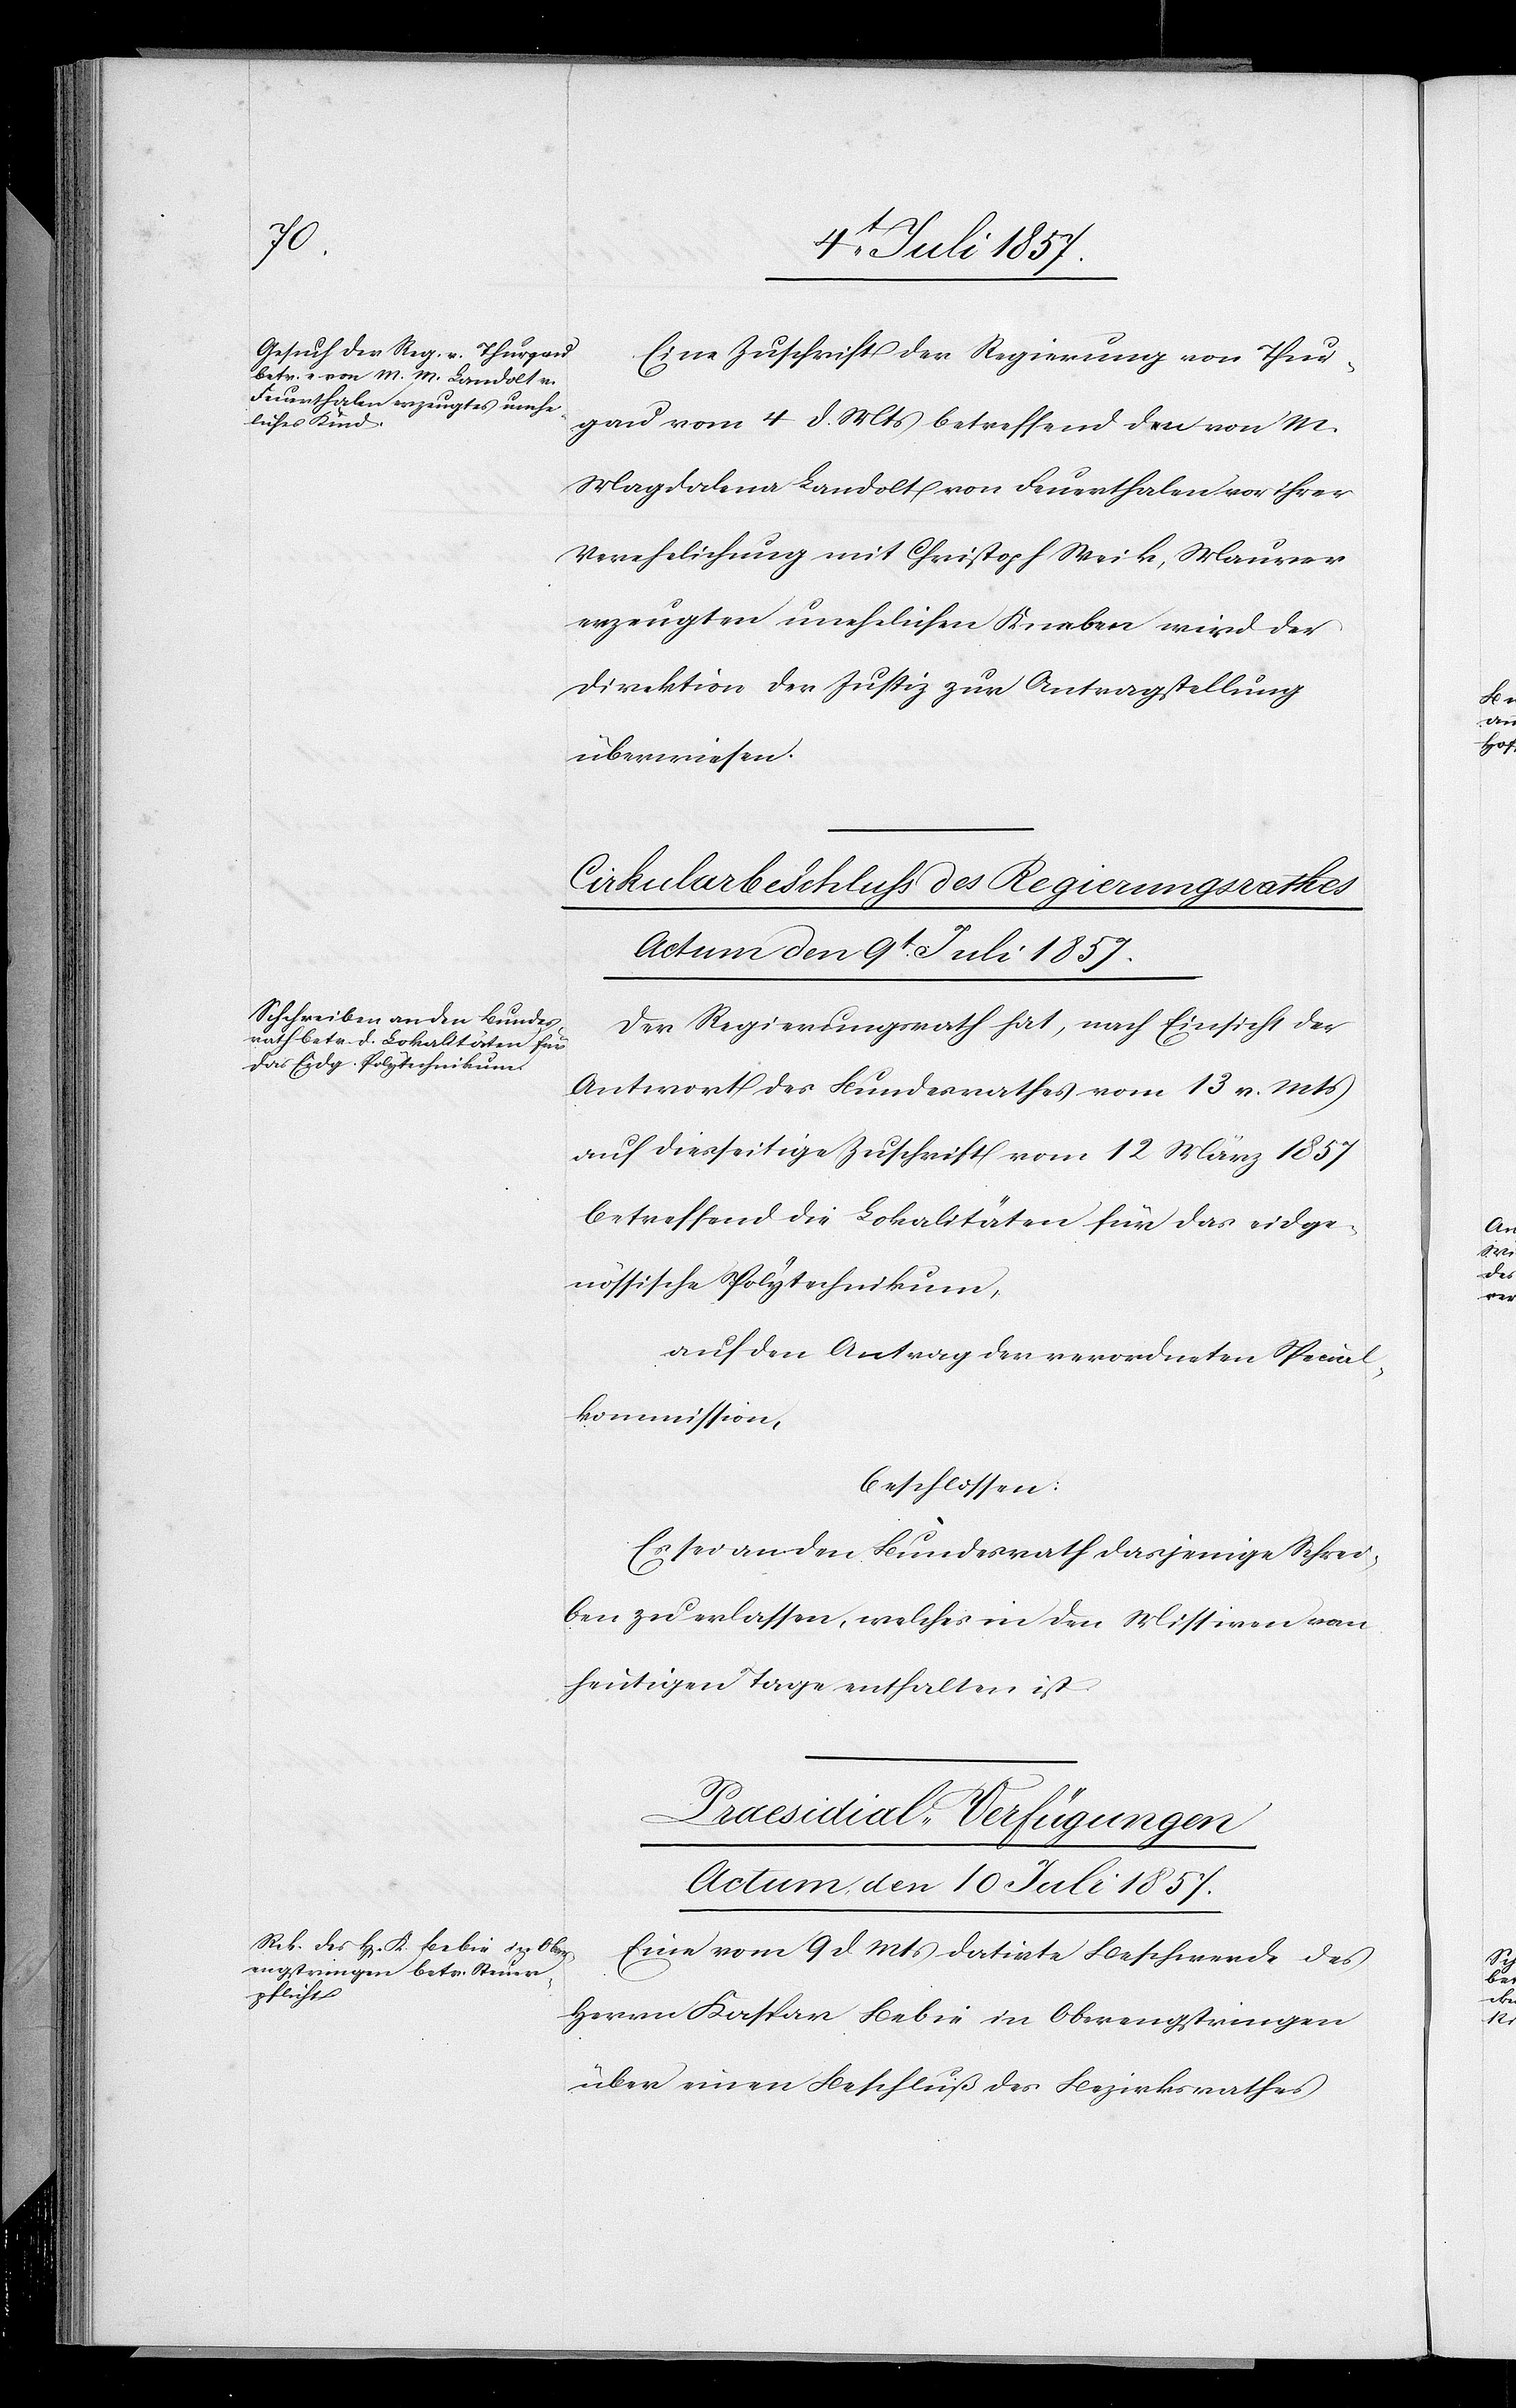
Eine Zuschrift der Regierung von Thur¬
gau vom 4 d. Mts. betreffend den von M.
Magdalena Landolt von Feuerthalen vor ihrer
Verehelichung mit Christian Weik, Maurer
erzeugten unehelichen Knaben wird der
Direktion der Justiz zur Antragstellung
überwiesen.
Cirkularbeschluß des Regierungsrathes.
Actum den 9t Juli 1857.
Der Regierungsrath hat, nach Einsicht der
Antwort des Bundesrathes vom 13 v. Mts.
auf diesseitige Zuschrift vom 12 März 1857
betreffend die Lokalitäten für das eidge¬
nössische Polytechnikum,
auf den Antrag der verordneten Spezial¬
kommission,
beschlossen:
Es sei von dem Bundesrath dasjenige Schrei¬
ben zu erlassen, welches in den Missiven vom
heutigen Tage enthalten ist.
Praesidialverfügungen
Actum den 10 Juli 1857.
Eine vom 9 d. Mts. datirte Beschwerde des
Herrn Kaspar Bebie in Oberengstringen
über einen Beschluß des Bezirksrathes